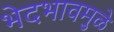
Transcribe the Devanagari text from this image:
भेदभावमुळे